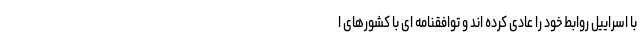
با اسراییل روابط خود را عادی کرده اند و توافقنامه ای با کشورهای ا